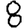
Digit: 8